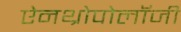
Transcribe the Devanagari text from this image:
ऐनथ्रोपोलॉजी